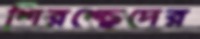
শিরশ্ছেদের